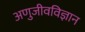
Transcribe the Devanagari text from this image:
अणुजीवविज्ञान